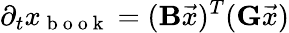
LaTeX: \partial_{t}x_{\mathrm{~b~o~o~k~}}=(\mathbf{B}\vec{x})^{T}(\mathbf{G}\vec{x})